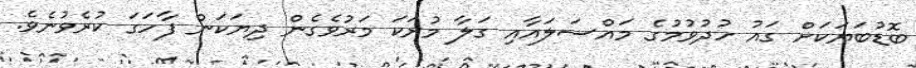
ބޮޑުބަޔަކަށް ގައު ހުދުވުމުގެ މައްސަލައާއި ގަލާ މުރަކަ މަރުވެގެން ދިޔަކަން ފާހަގަ ކުރެވުނެވެ.